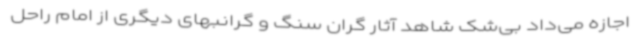
اجازه می‌داد بی‌شک شاهد آثار گران سنگ و گرانبهای دیگری از امام راحل